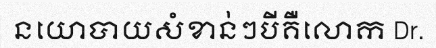
នយោបាយសំខាន់ៗបីគឺលោក Dr.